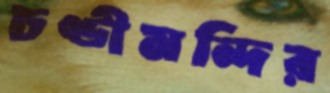
চণ্ডীমন্দির